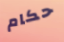
حكام